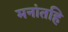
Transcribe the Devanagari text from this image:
मनांतहि